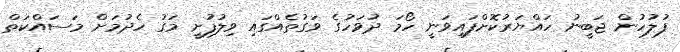
ފުލުހުން ޖަބީނު ހައްޔަރުކޮށްފައިވަނީ ހޯމަ ދުވަހުގެ ވަގުތެއްގައި ވިލުފުށީ މަގު ހެދުމަށް މަސައްކަތް